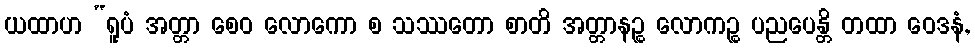
ယထာဟ “ရူပံ အတ္တာ စေဝ လောကော စ သဿတော စာတိ အတ္တာနဉ္စ လောကဉ္စ ပညပေန္တိ တထာ ဝေဒနံ,